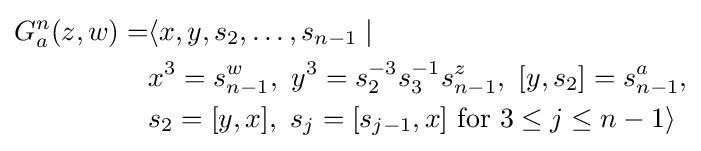
{\begin{aligned}G_{a}^{n}(z,w)=&\langle x,y,s_{2},\ldots ,s_{n-1}\mid \\&x^{3}=s_{n-1}^{w},\ y^{3}=s_{2}^{-3}s_{3}^{-1}s_{n-1}^{z},\ \lbrack y,s_{2}\rbrack =s_{n-1}^{a},\\&s_{2}=\lbrack y,x\rbrack ,\ s_{j}=\lbrack s_{j-1},x\rbrack {\text{ for }}3\leq j\leq n-1\rangle \end{aligned}}